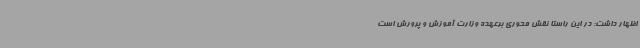
اظهار داشت: در این راستا نقش محوری برعهده وزارت آموزش و پرورش است